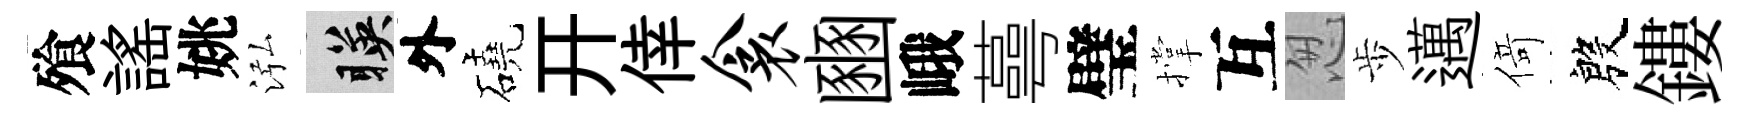
飱謡姚泓暎外磽开倖衾豳峨蕚璧撑互怱歩邁𠋣殷鏤